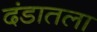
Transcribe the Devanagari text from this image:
दंडातला